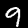
Label: 9